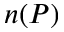
n ( P )